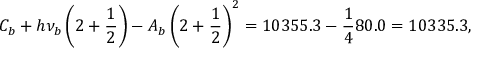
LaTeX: C _ { b } + h \nu _ { b } \left( 2 + \frac { 1 } { 2 } \right) - A _ { b } \left( 2 + \frac { 1 } { 2 } \right) ^ { 2 } = 1 0 3 5 5 . 3 - \frac { 1 } { 4 } 8 0 . 0 = 1 0 3 3 5 . 3 ,